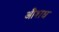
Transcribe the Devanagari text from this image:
औशध